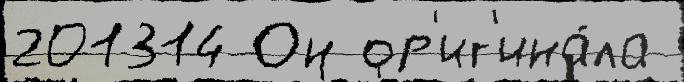
201314 Он ор'иг'ина́ла